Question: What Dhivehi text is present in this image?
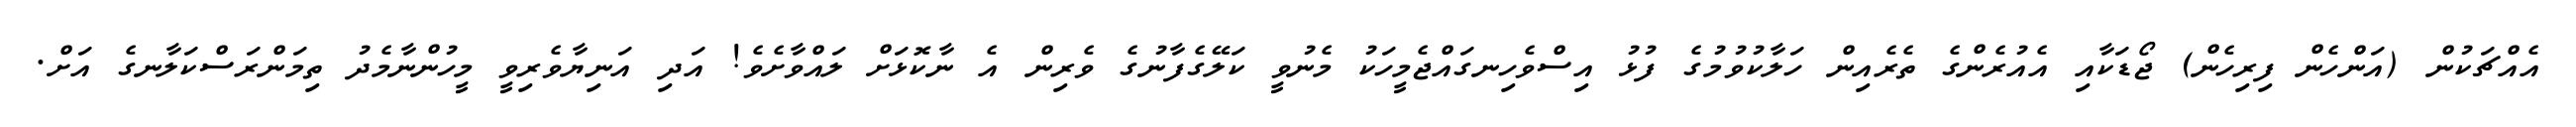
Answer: އެއްޗަކުން (އަންހެން ފިރިހެން) ޖޯޑަކާއި އެއުރެންގެ ތެރެއިން ހަލާކުވުމުގެ ފުޅު އިސްވެހިނގައްޖެމީހަކު މެނުވީ ކަލޭގެފާނުގެ ވެރިން އެ ނާކޮޅަށް ލައްވާށެވެ! އަދި އަނިޔާވެރިވީ މީހުންނާމެދު ތިމަންރަސްކަލާނގެ އަށް.